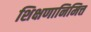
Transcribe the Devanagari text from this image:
शिक्षणानिमित्त